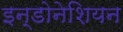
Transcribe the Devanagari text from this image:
इन्डोनेशियन